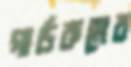
গার্ডরুমের